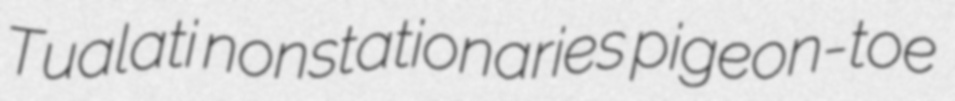
Tualati nonstationaries pigeon-toe